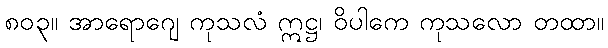
၈၀၃။ အာရောဂျေ ကုသလံ ဣဋ္ဌ၊ ဝိပါကေ ကုသလော တထာ။